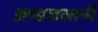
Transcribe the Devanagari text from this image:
अण्डजस्तनी